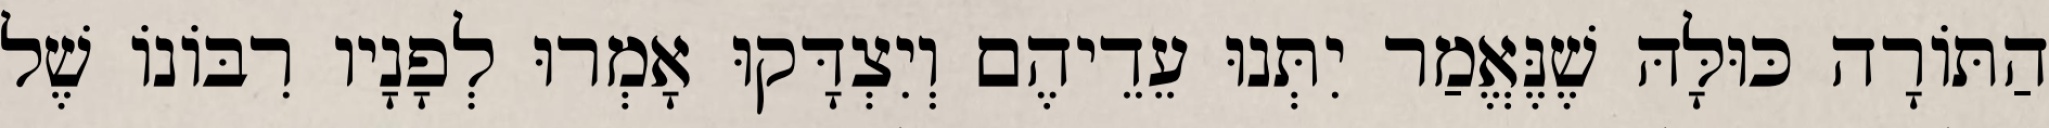
הַתּוֹרָה כּוּלָּהּ שֶׁנֶּאֱמַר יִתְּנוּ עֵדֵיהֶם וְיִצְדָּקוּ אָמְרוּ לְפָנָיו רִבּוֹנוֹ שֶׁל